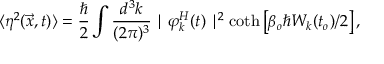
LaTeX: \langle \eta ^ { 2 } ( \vec { x } , t ) \rangle = \frac { \hbar } { 2 } \int \frac { d ^ { 3 } k } { ( 2 \pi ) ^ { 3 } } \mid \varphi _ { k } ^ { H } ( t ) \mid ^ { 2 } \coth \left[ \beta _ { o } \hbar { \cal { W } } _ { k } ( t _ { o } ) / 2 \right] ,